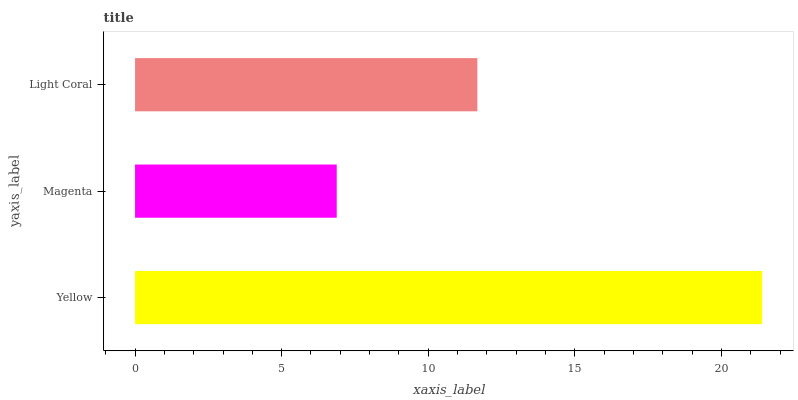
| yaxis_label | bars |
 | --- | --- |
 | Yellow | 21.4 |
 | Magenta | 6.88 |
 | Light Coral | 11.7 |